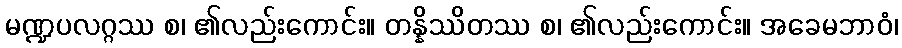
မဏ္ဍပလဂ္ဂဿ စ၊ ၏လည်းကောင်း။ တန္နိဿိတဿ စ၊ ၏လည်းကောင်း။ အခေမဘာဝံ၊